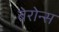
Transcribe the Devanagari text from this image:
बेरोन्स